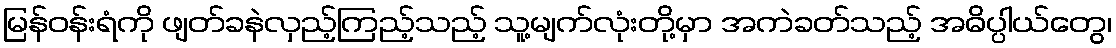
မြန်ဝန်းရံကို ဖျတ်ခနဲလှည့်ကြည့်သည့် သူ့မျက်လုံးတို့မှာ အကဲခတ်သည့် အဓိပ္ပါယ်တွေ၊